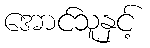
အောင်သူနှင့်